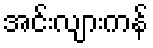
အင်းလျားကန်